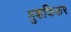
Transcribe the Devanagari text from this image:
मुशफिकर